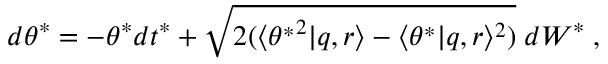
d \theta ^ { * } = - \theta ^ { * } d t ^ { * } + \sqrt { 2 ( \langle { \theta ^ { * } } ^ { 2 } | q , r \rangle - \langle \theta ^ { * } | q , r \rangle ^ { 2 } ) } \; d W ^ { * } \; ,